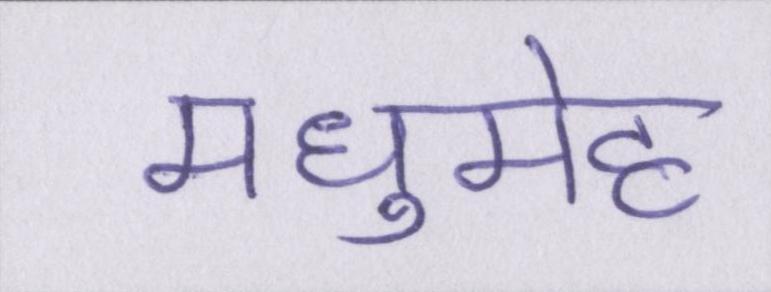
मधुमेह